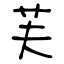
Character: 芙